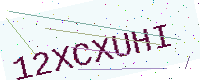
Text: 12XCXUHI